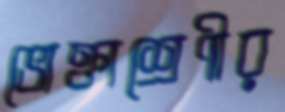
ভোক্তাশ্রেণীর